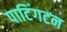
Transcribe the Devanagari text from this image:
पाटिंगटन